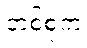
တစ်စုက